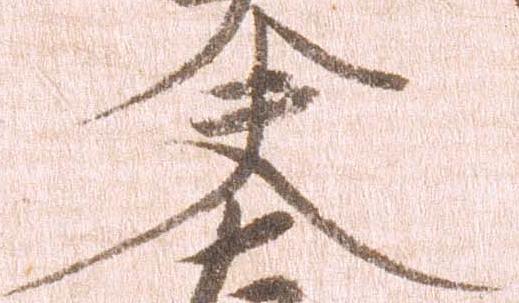
夫